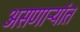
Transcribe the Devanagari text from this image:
असणाऱ्यांत